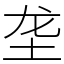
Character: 垄